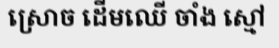
ស្រោច ដើមឈើ ចាំង ស្មៅ